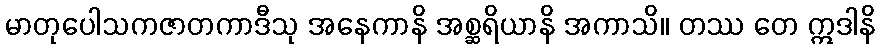
မာတုပေါသကဇာတကာဒီသု အနေကာနိ အစ္ဆရိယာနိ အကာသိ။ တဿ တေ ဣဒါနိ